Assam Mental Hospital (Tezpur, India) - 1933-1948
Year: 1933
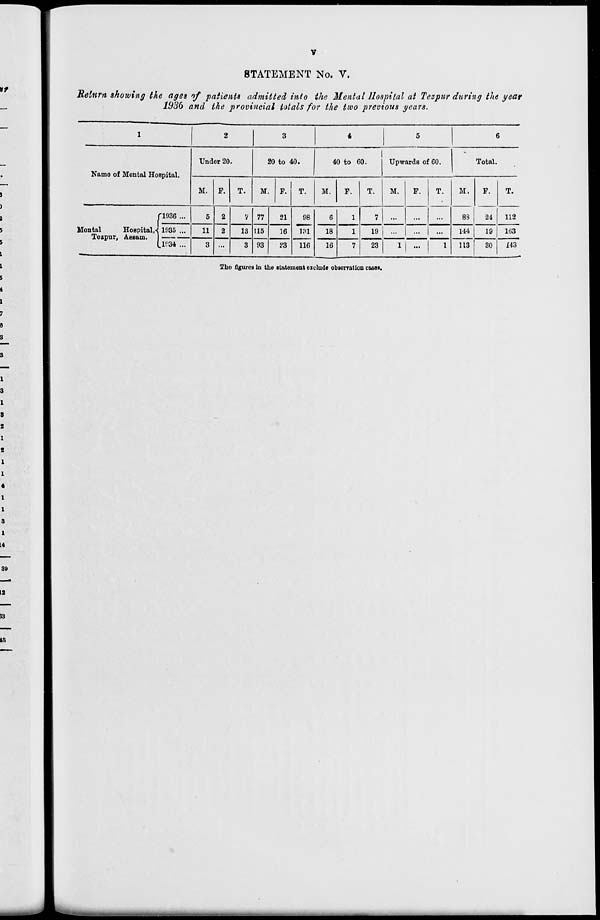
v
STATEMENT No. V.
Return showing the ages of patients admitted into the Mental Hospital at Tezpur during the year
1936 and the provincial totals for the two previous years.
1
Name of Mental Hospital.
Mental
Hospitals
Tezpur, Assam.
1936 ...
1935 ...
1934 ...
2
Under 20.
M.
5
11
3
F.
2
2
...
T.
7
13
3
3
20 to 40.
M
77
115
93
F.
21
16
23
T.
98
131
116
4
40 to 60.
M.
6
18
16
F.
1
1
7
T.
7
19
23
5
Upwards of 60.
M.
...
...
1
F.
...
...
...
T.
...
...
1
6
Total.
M.
88
144
113
F.
24
19
30
T.
112
163
143
The figures in the statement exclude observation cases.